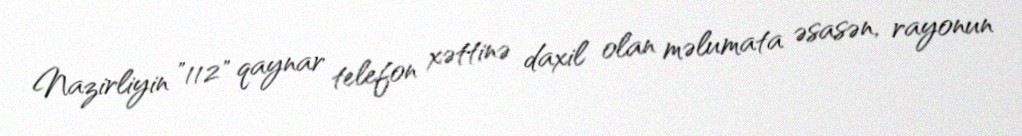
Nazirliyin "112" qaynar telefon xəttinə daxil olan məlumata əsasən, rayonun